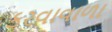
કરવાવાળા